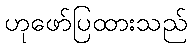
ဟုဖော်ပြထားသည်